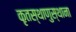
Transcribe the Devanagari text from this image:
कृतस्थाणुस्थाना